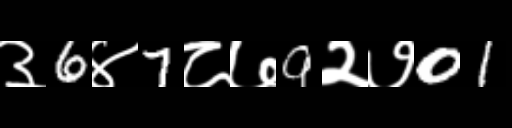
Text: ३6४7८७9२७01